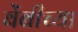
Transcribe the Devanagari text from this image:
बेंबीच्या